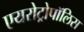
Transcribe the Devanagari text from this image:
एयरोट्रोपॉलिस